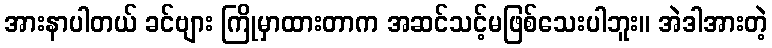
အားနာပါတယ် ခင်ဗျား ကြိုမှာထားတာက အဆင်သင့်မဖြစ်သေးပါဘူး။ အဲဒါအားတဲ့